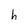
Character: h